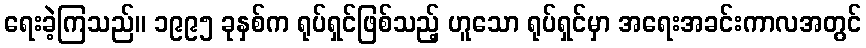
ရေးခဲ့ကြသည်။ ၁၉၉၅ ခုနှစ်က ရုပ်ရှင်ဖြစ်သည့် ဟူသော ရုပ်ရှင်မှာ အရေးအခင်းကာလအတွင်